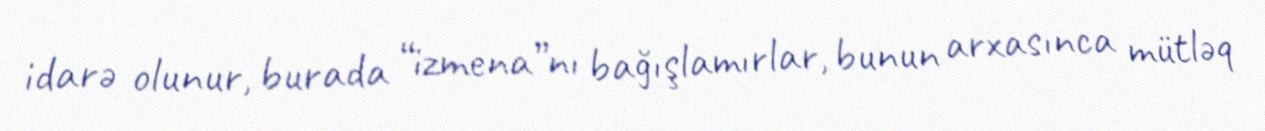
idarə olunur, burada “izmena”nı bağışlamırlar, bunun arxasınca mütləq